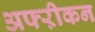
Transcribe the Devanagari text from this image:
अफ्ऱीकन